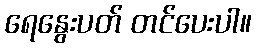
ရေနွေးပတ် တင်ပေးပါ။